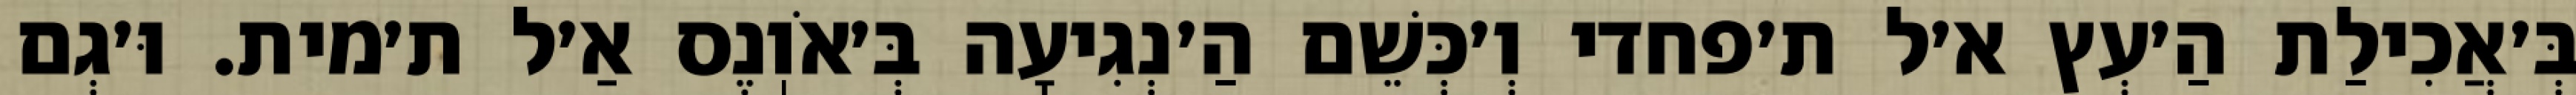
בְּ׳אֲכִילַת הַ׳עְץ א׳ל ת׳פחדי וְ׳כְּשֵׁם הַ׳נְגִיעָה בְּ׳אֹוֽנֶס אַ׳ל ת׳מית. וּ׳גְם